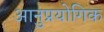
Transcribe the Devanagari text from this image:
आनुप्रयोगिक